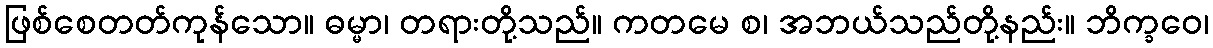
ဖြစ်စေတတ်ကုန်သော။ ဓမ္မာ၊ တရားတို့သည်။ ကတမေ စ၊ အဘယ်သည်တို့နည်း။ ဘိက္ခဝေ၊